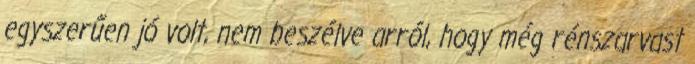
egyszerűen jó volt, nem beszélve arról, hogy még rénszarvast